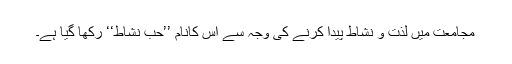
مجامعت میں لذت و نشاط پیدا کرنے کی وجہ سے اِس کانام ’’حب نشاط‘‘ رکھا گیا ہے۔